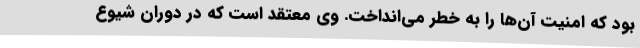
بود که امنیت آن‌ها را به خطر می‌انداخت. وی معتقد است که در دوران شیوع